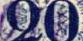
20